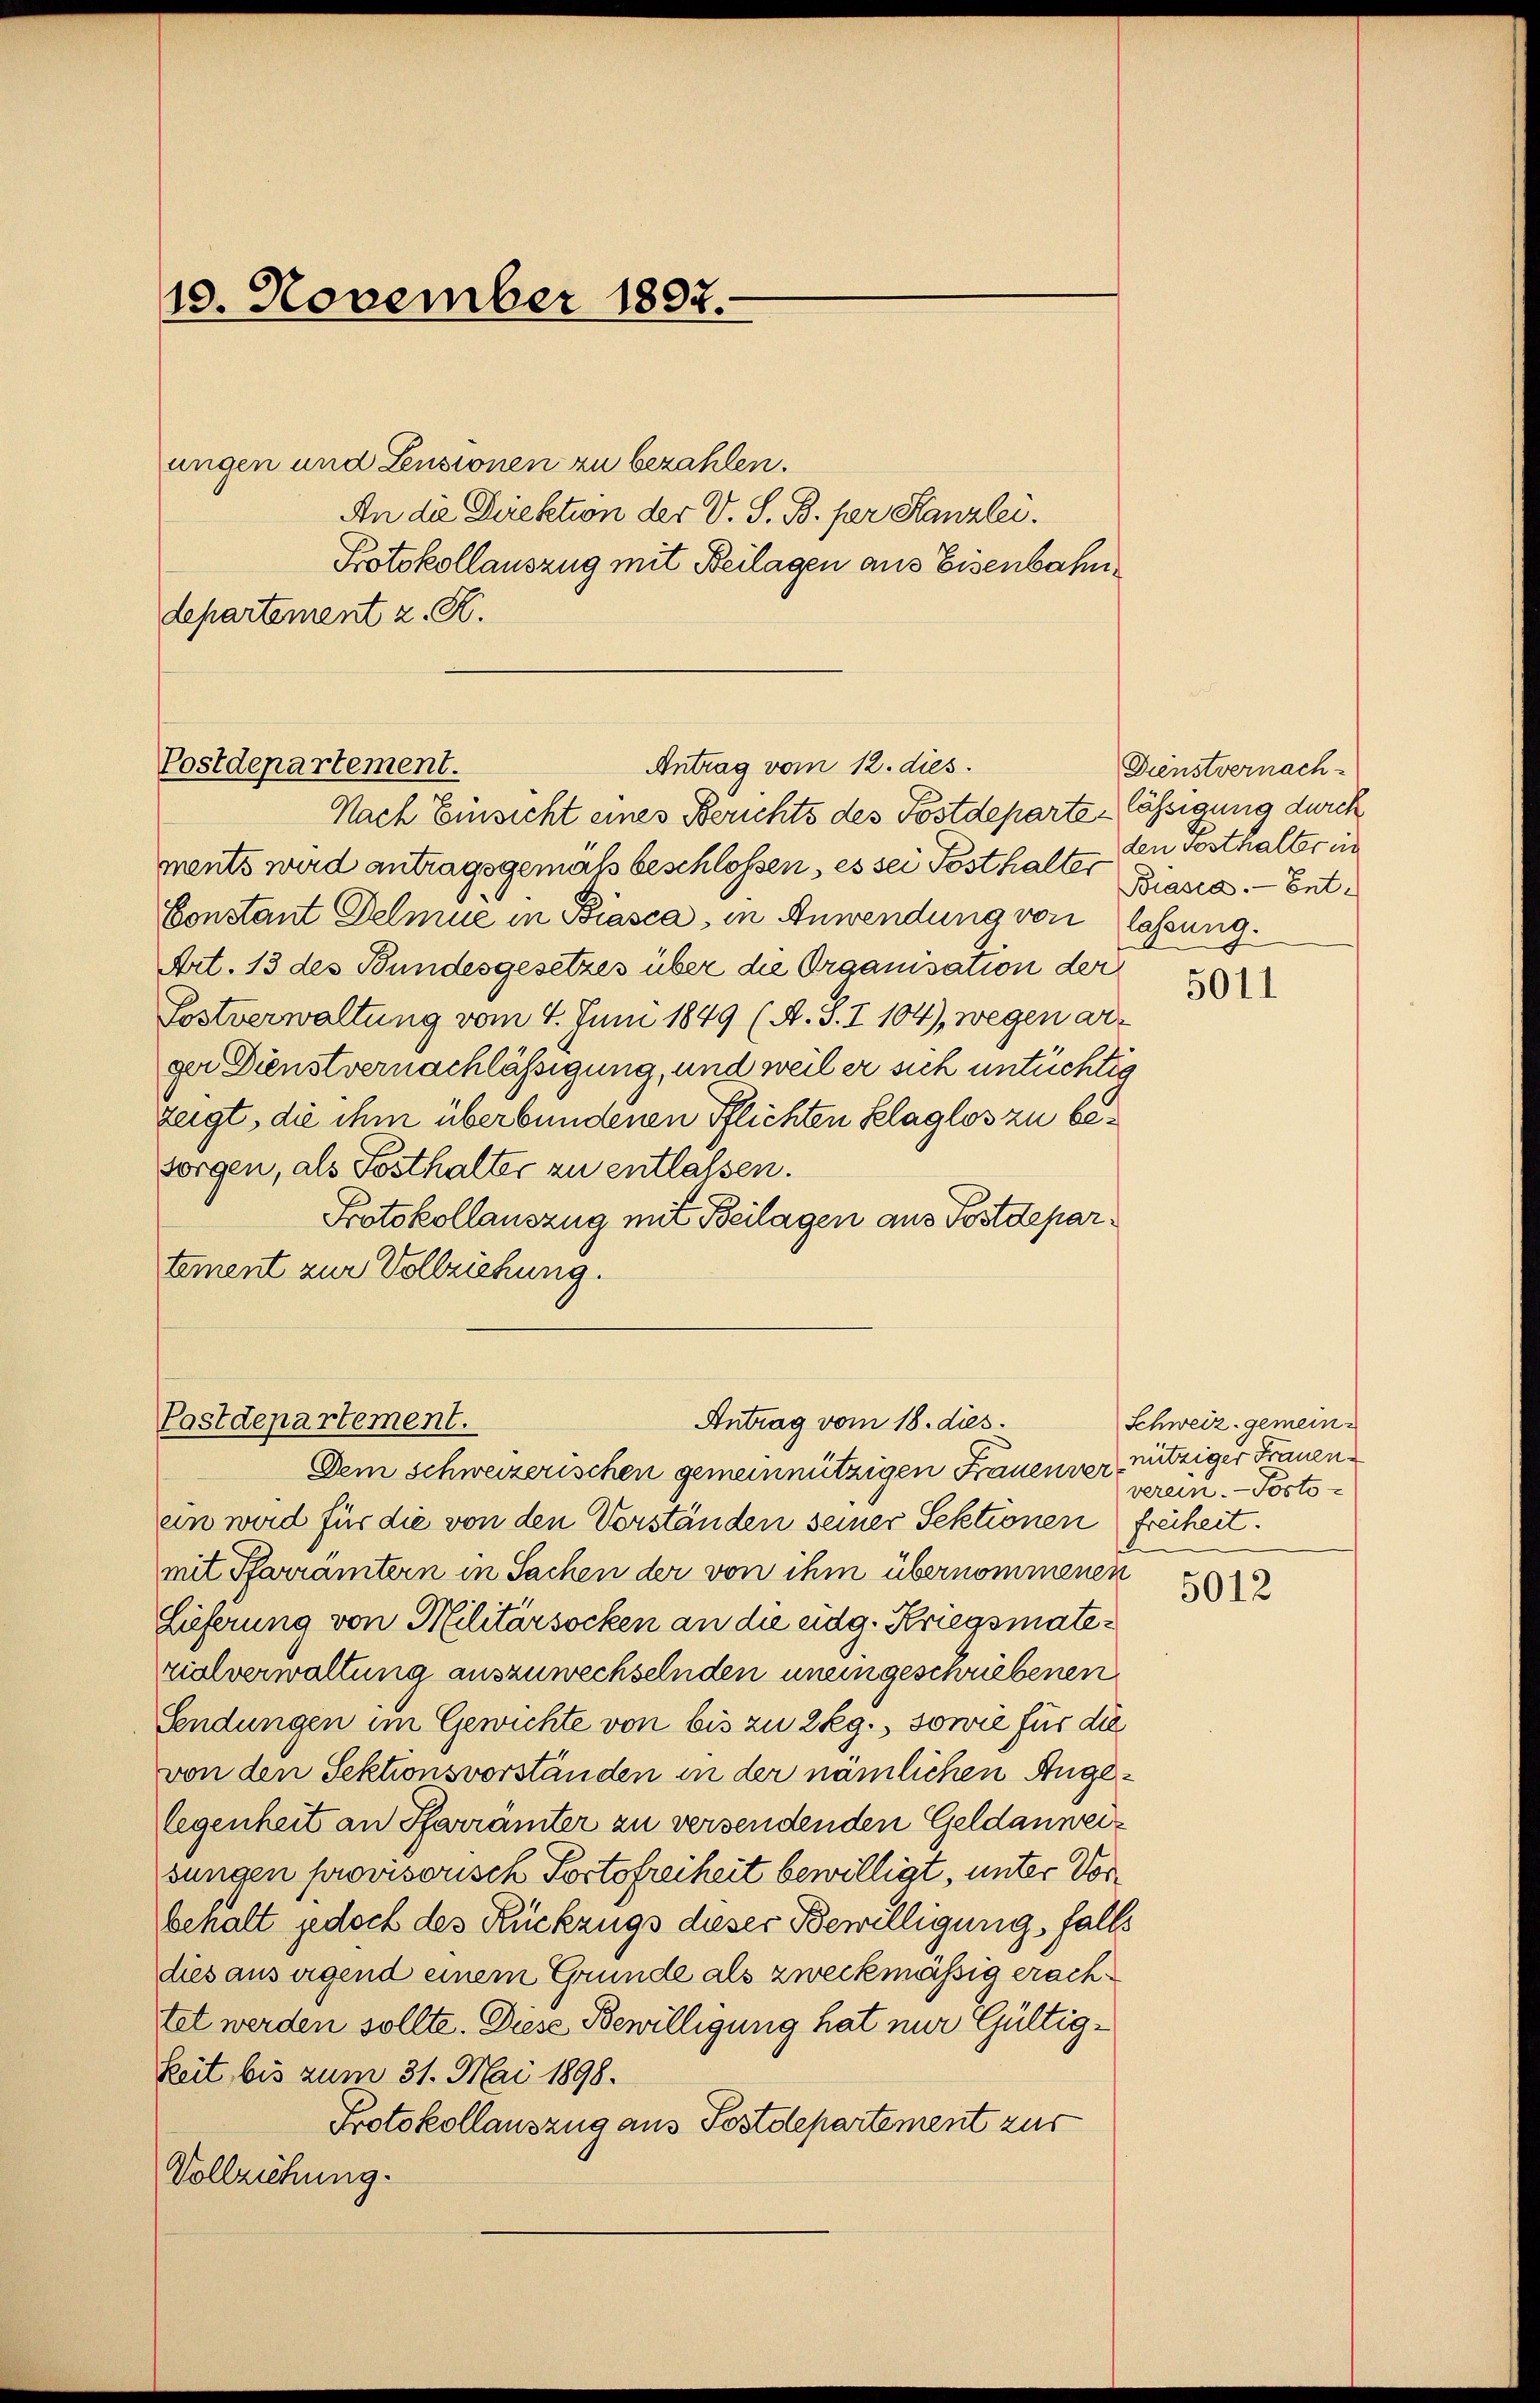
10. November 1892.

ungen und Lensionen zu bezahlen.
An die Direktion der V. S. B. per Kanzlei.
Protokollauszug mit Beilagen aus Eisenbahndepartement z. K.

Postdepartement.
Antrag vom 12. dies
e

Nach Einsicht eines Berichts des Postdeparte lässigung durch
ments wird antragsgemäß beschlossen, es sei Posthalte, den Posthalter in
Constant Delmue in Biasca, in Anwendung von lassung.
Art. 13 des Bundesgesetzes über die Organisation der
Postverwaltung vom 4. Juni 1849 (A. S. I 104), wegen eiger Dienstvernachlässigung, und weil er sich untüchtig
zeigt, die ihm überbundenen Pflichten Klaglos zu besorgen, als Posthalter zu entlassen.
Protokollauszug mit Beilagen aus Postdepartement zur Vollziehung.

Antrag vom 18. dies
Postdepartement.
Dem schweizerischen gemeinnützigen Frauenver¬

ein wird für die von den Vorständen seiner Sektionen freiheit.
mit Pfarrämtern in Sachen der von ihm übernommenen
Lieferung von Militärsocken an die eidg. Kriegsmatevialverwaltung auszuwechselnden uneingeschriebenen
Sendungen im Gewichte von bis zu 2 kg., sowie für die
von den Sektionsvorständen in der nämlichen Angelegenheit an Pfarrämter zu versendenden Geldanweisungen provisorisch Portofreiheit bewilligt, unter Vorbehalt jedoch des Rückzugs dieser Bewilligung, falls
dies aus irgend einem Grunde als zweckmäßig erachtet werden sollte. Diese Bewilligung hat nur Gültig¬
Zeit bis zum 31. Mai 1898.
Protokollauszug aus Postdepartement zur
Vollziehung.

Dienstvernach¬
Brasia. Ent¬

5011

Schweiz. gemeinnitziger Frauen
verein. — Torts-

5012